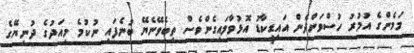
މަމެންގެ އުމުރު ހުސްވަންދެން އައިޑީކާޑު އޮޅުވާލައިގެންވެސް ތިބެވޭނެޔޭ ބުނެފައި ނުކުމެ މިއަދުގެ ދުނިޔޭގެ